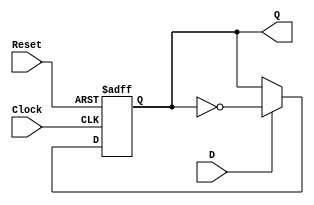
module FFT1
  (
   input wire D,
   input wire Clock,
   input wire Reset ,
   output reg Q
 );
  always @ ( posedge Clock or posedge Reset )
  begin
	if (Reset)
	begin
    Q <= 1'b0;
   end
	else
	begin
		if (D)
			Q <=  ! Q;
	end
  end
 endmodule